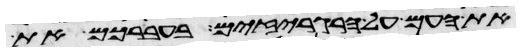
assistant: את העם על הרגריזים בעברכם את